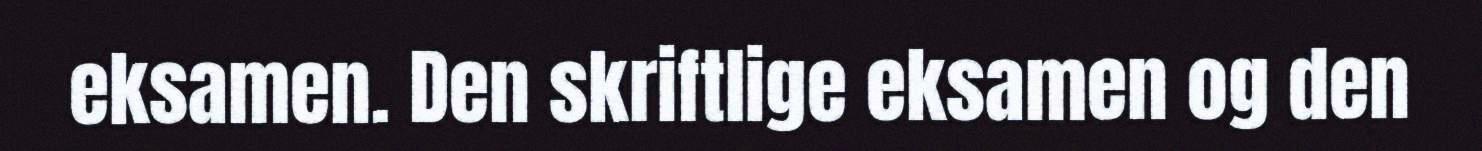
eksamen. Den skriftlige eksamen og den